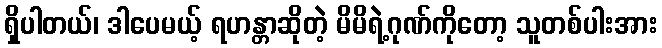
ရှိပါတယ်၊ ဒါပေမယ့် ရဟန္တာဆိုတဲ့ မိမိရဲ့ဂုဏ်ကိုတော့ သူတစ်ပါးအား